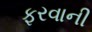
ફરવાની